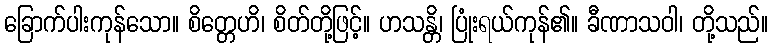
ခြောက်ပါးကုန်သော။ စိတ္တေဟိ၊ စိတ်တို့ဖြင့်။ ဟသန္တိ၊ ပြုံးရယ်ကုန်၏။ ခီဏာသဝါ၊ တို့သည်။